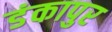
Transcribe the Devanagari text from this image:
डंकापुर